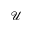
\boldsymbol { \mathcal U }